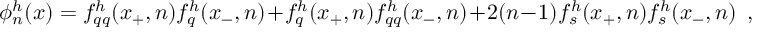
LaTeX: \phi _ { n } ^ { h } ( x ) = f _ { q q } ^ { h } ( x _ { + } , n ) f _ { q } ^ { h } ( x _ { - } , n ) + f _ { q } ^ { h } ( x _ { + } , n ) f _ { q q } ^ { h } ( x _ { - } , n ) + 2 ( n - 1 ) f _ { s } ^ { h } ( x _ { + } , n ) f _ { s } ^ { h } ( x _ { - } , n ) \ \ ,